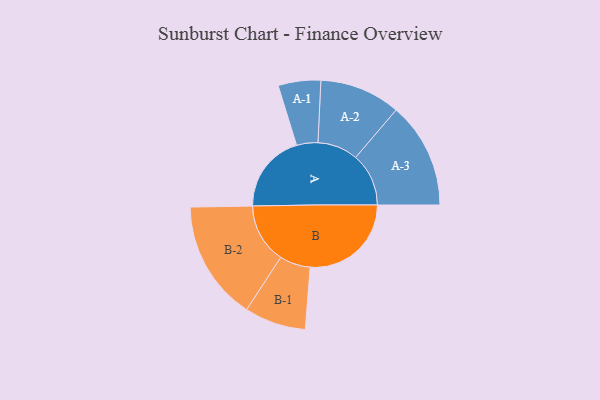
{"axis": {"x": "Segment", "y": "Value"}, "legend": ["", "A", "B"], "data": [{"x": "A", "y": 383, "type": ""}, {"x": "B", "y": 490, "type": ""}, {"x": "A-1", "y": 103, "type": "A"}, {"x": "A-2", "y": 196, "type": "A"}, {"x": "A-3", "y": 257, "type": "A"}, {"x": "B-1", "y": 149, "type": "B"}, {"x": "B-2", "y": 290, "type": "B"}]}